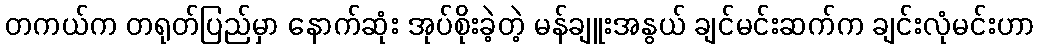
တကယ်က တရုတ်ပြည်မှာ နောက်ဆုံး အုပ်စိုးခဲ့တဲ့ မန်ချူးအနွယ် ချင်မင်းဆက်က ချင်းလုံမင်းဟာ